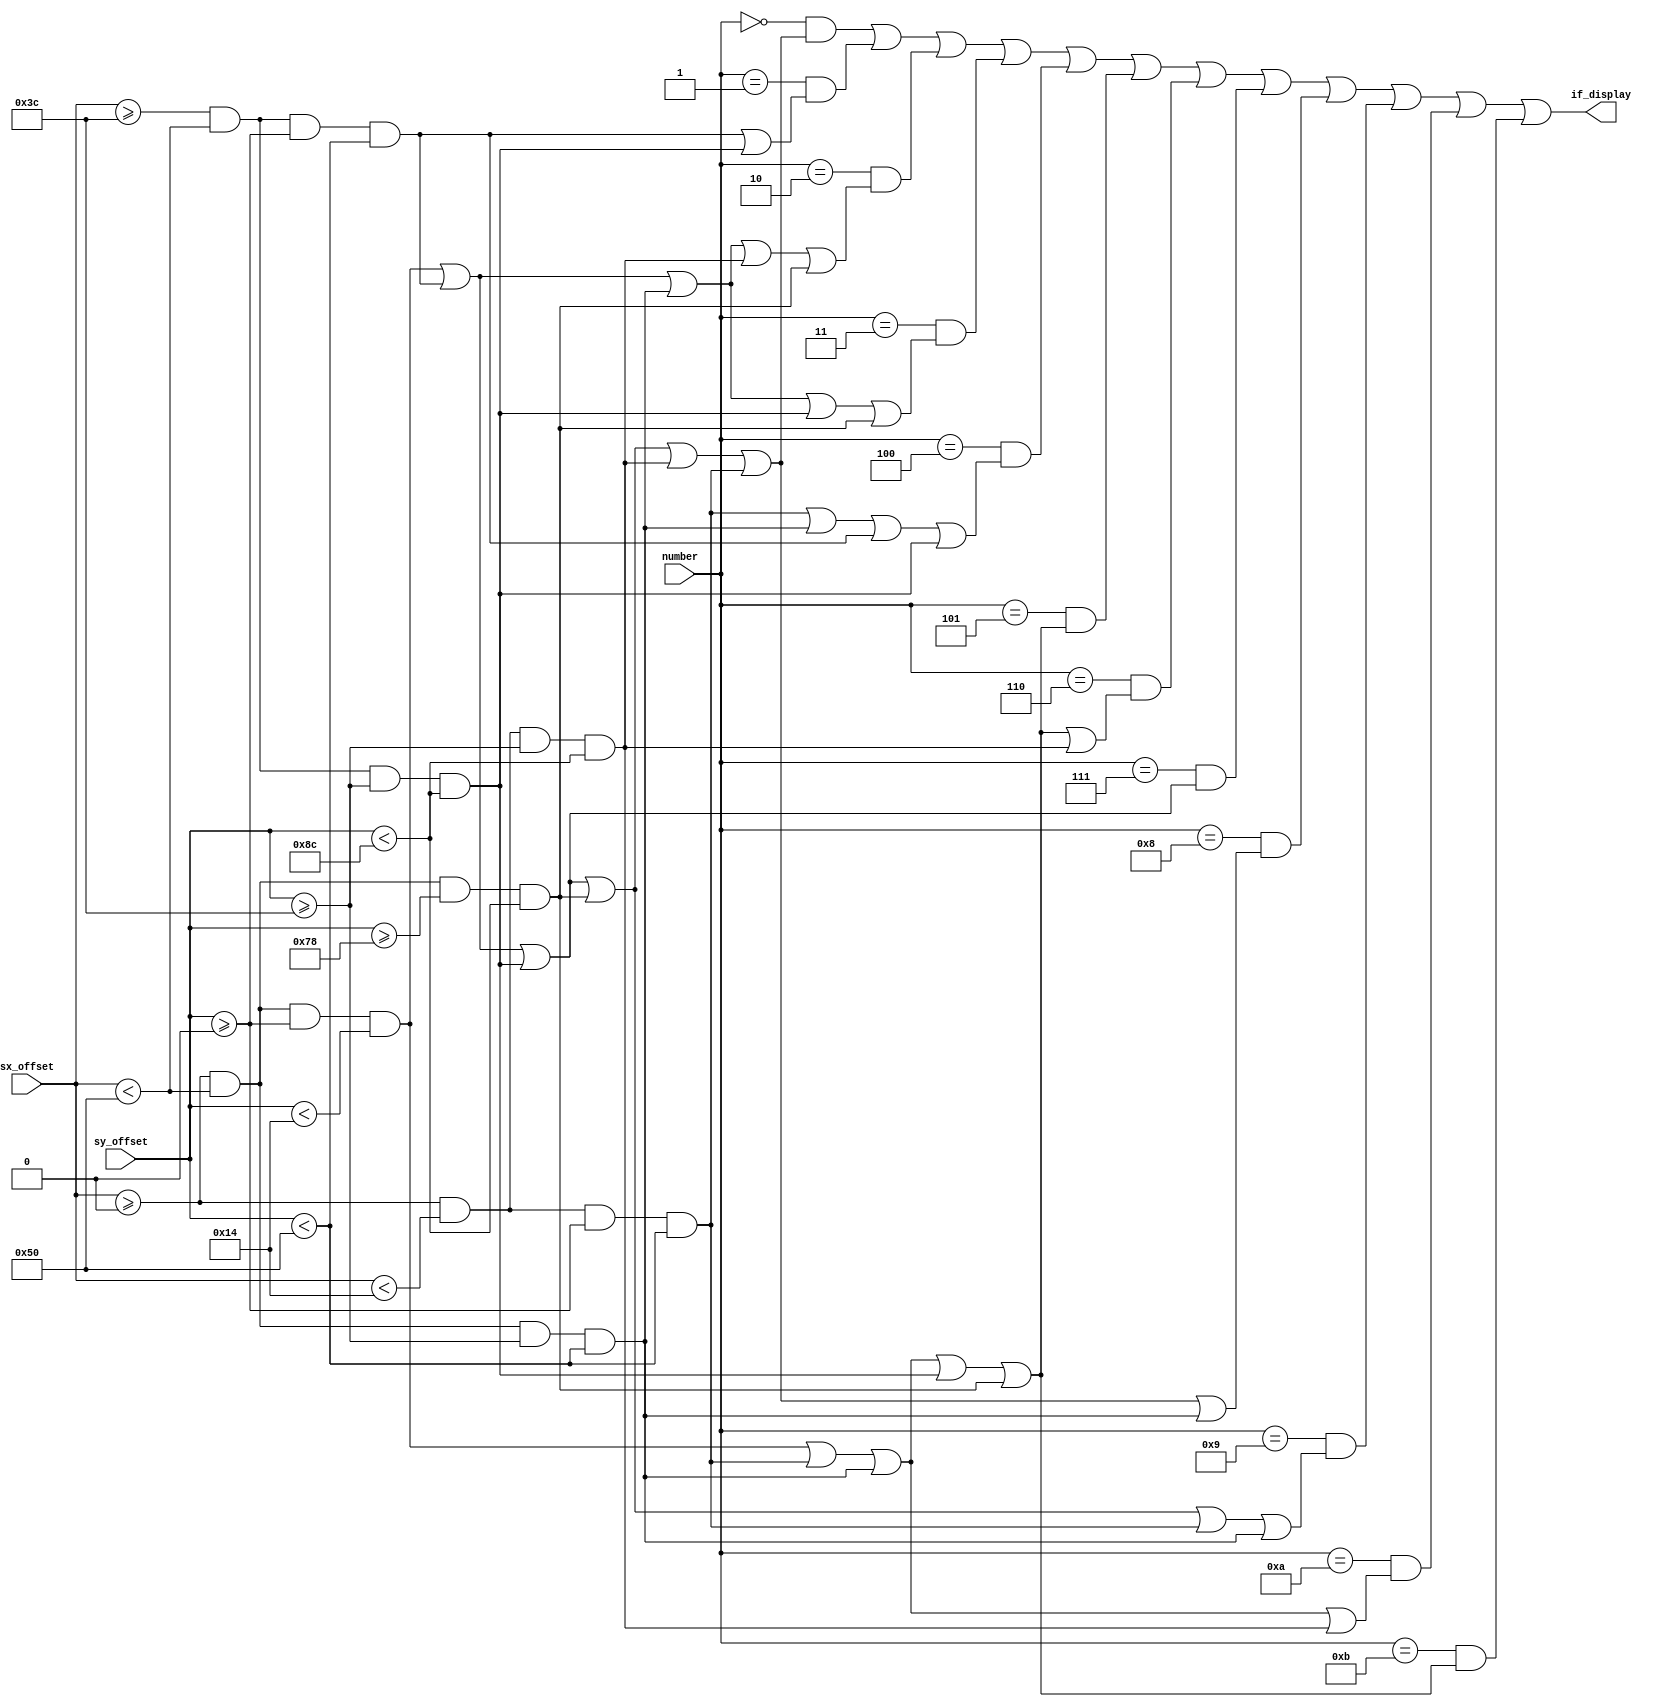
// add parameters if_select
module seven_segment_sim(sx_offset, sy_offset, number, if_display);
    input [9:0] sx_offset, sy_offset;
    input [3:0] number;
    output if_display;

    wire if_a, if_b, if_c, if_d, if_e, if_f, if_g;
    assign if_a = (sx_offset >= 0 && sx_offset < 80 && sy_offset >= 0 && sy_offset < 20);
    assign if_b = {sx_offset >= 60 && sx_offset < 80 && sy_offset >= 0 && sy_offset < 80};
    assign if_c = {sx_offset >= 60 && sx_offset < 80 && sy_offset >= 60 && sy_offset < 140};
    assign if_d = {sx_offset >= 0 && sx_offset < 80 && sy_offset >= 120 && sy_offset < 140};
    assign if_e = {sx_offset >= 0 && sx_offset < 20 && sy_offset >= 60 && sy_offset < 140};
    assign if_f = {sx_offset >= 0 && sx_offset < 20 && sy_offset >= 0 && sy_offset < 80};
    assign if_g = {sx_offset >= 0 && sx_offset < 80 && sy_offset >= 60 && sy_offset < 80};

    wire if_0, if_1, if_2, if_3, if_4, if_5, if_6, if_7, if_8, if_9;
    assign if_0 = if_a || if_b || if_c || if_d || if_e || if_f;
    assign if_1 = if_b || if_c;
    assign if_2 = if_a || if_b || if_g || if_e || if_d;
    assign if_3 = if_a || if_b || if_g || if_c || if_d;
    assign if_4 = if_f || if_g || if_b || if_c;
    assign if_5 = if_a || if_f || if_g || if_c || if_d;
    assign if_6 = if_a || if_f || if_g || if_c || if_d || if_e;
    assign if_7 = if_a || if_b || if_c;
    assign if_8 = if_a || if_b || if_c || if_d || if_e || if_f || if_g;
    assign if_9 = if_a || if_b || if_c || if_d || if_f || if_g;

    assign if_FAIL = if_a || if_f || if_g || if_e;
    assign if_SUCCESS = if_5;

    assign if_display = (number == 0 && if_0) || (number == 1 && if_1) || (number == 2 && if_2)
           || (number == 3 && if_3) || (number == 4 && if_4) || (number == 5 && if_5)
           || (number == 6 && if_6) || (number == 7 && if_7) || (number == 8 && if_8)
           || (number == 9 && if_9)
           || (number == 10 && if_FAIL) || (number == 11 && if_SUCCESS);
endmodule